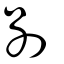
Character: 剮